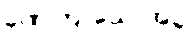
ခဏကြာသောအခါ